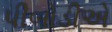
પીબોડીએ